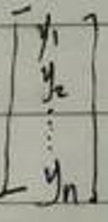
\[
\begin{bmatrix}
y_1 \\
y_2 \\
\vdots \\
y_n
\end{bmatrix}
\]